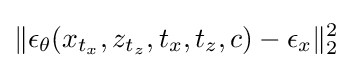
\|\epsilon _{\theta }(x_{t_{x}},z_{t_{z}},t_{x},t_{z},c)-\epsilon _{x}\|_{2}^{2}